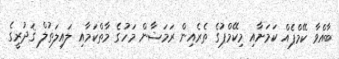
ބާއްވާ ކޭމްޕެއް ކަމަށާއި މިކޭމްޕުގެ ތެރެއިން ރަމަޟާން މަހުގެ މާތްކަމާއި ލައިލަތުލް ޤަދުރީގެ